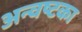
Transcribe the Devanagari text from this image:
अन्वष्टका